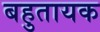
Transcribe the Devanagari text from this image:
बहुतायक